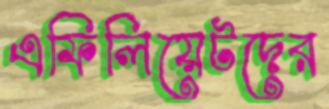
এফিলিয়েটদের